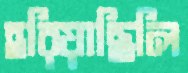
হরিয়াছিলি